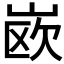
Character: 𰎦